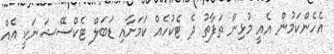
އެހެންކަމުން އެއީ މުޅިން ތަފާތު ދެ ޓެކުހެއް ކަމަށާއި ޑަބަލް ޓެކްސޭޝަނަކީ އެއް